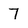
Character: 7